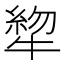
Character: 𰠺